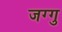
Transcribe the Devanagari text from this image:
जग्गु